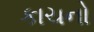
કાચનો